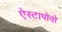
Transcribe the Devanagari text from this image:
ऐस्टापोवो